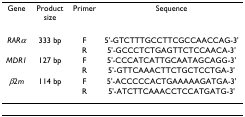
<table><thead><tr><td><b>Gene</b></td><td><b>Product size</b></td><td><b>Primer</b></td><td><b>Sequence</b></td></tr></thead><tbody><tr><td><i>RARα</i></td><td>333 bp</td><td>F</td><td>5&#x27;-GTCTTTGCCTTCGCCAACCAG-3&#x27;</td></tr><tr><td></td><td></td><td>R</td><td>5&#x27;-GCCCTCTGAGTTCTCCAACA-3&#x27;</td></tr><tr><td><i>MDR1</i></td><td>127 bp</td><td>F</td><td>5&#x27;-CCCATCATTGCAATAGCAGG-3&#x27;</td></tr><tr><td></td><td></td><td>R</td><td>5&#x27;-GTTCAAACTTCTGCTCCTGA-3&#x27;</td></tr><tr><td><i>β2m</i></td><td>114 bp</td><td>F</td><td>5&#x27;-ACCCCCACTGAAAAAGATGA-3&#x27;</td></tr><tr><td></td><td></td><td>R</td><td>5&#x27;-ATCTTCAAACCTCCATGATG-3&#x27;</td></tr></tbody></table>